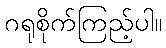
ဂရုစိုက်ကြည့်ပါ။